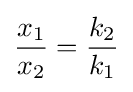
{\frac {x_{1}}{x_{2}}}={\frac {k_{2}}{k_{1}}}